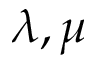
\lambda , \mu